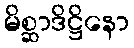
မိစ္ဆာဒိဋ္ဌိနော